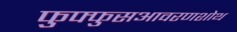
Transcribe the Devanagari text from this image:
फुफ्फुसआवरणशोथ